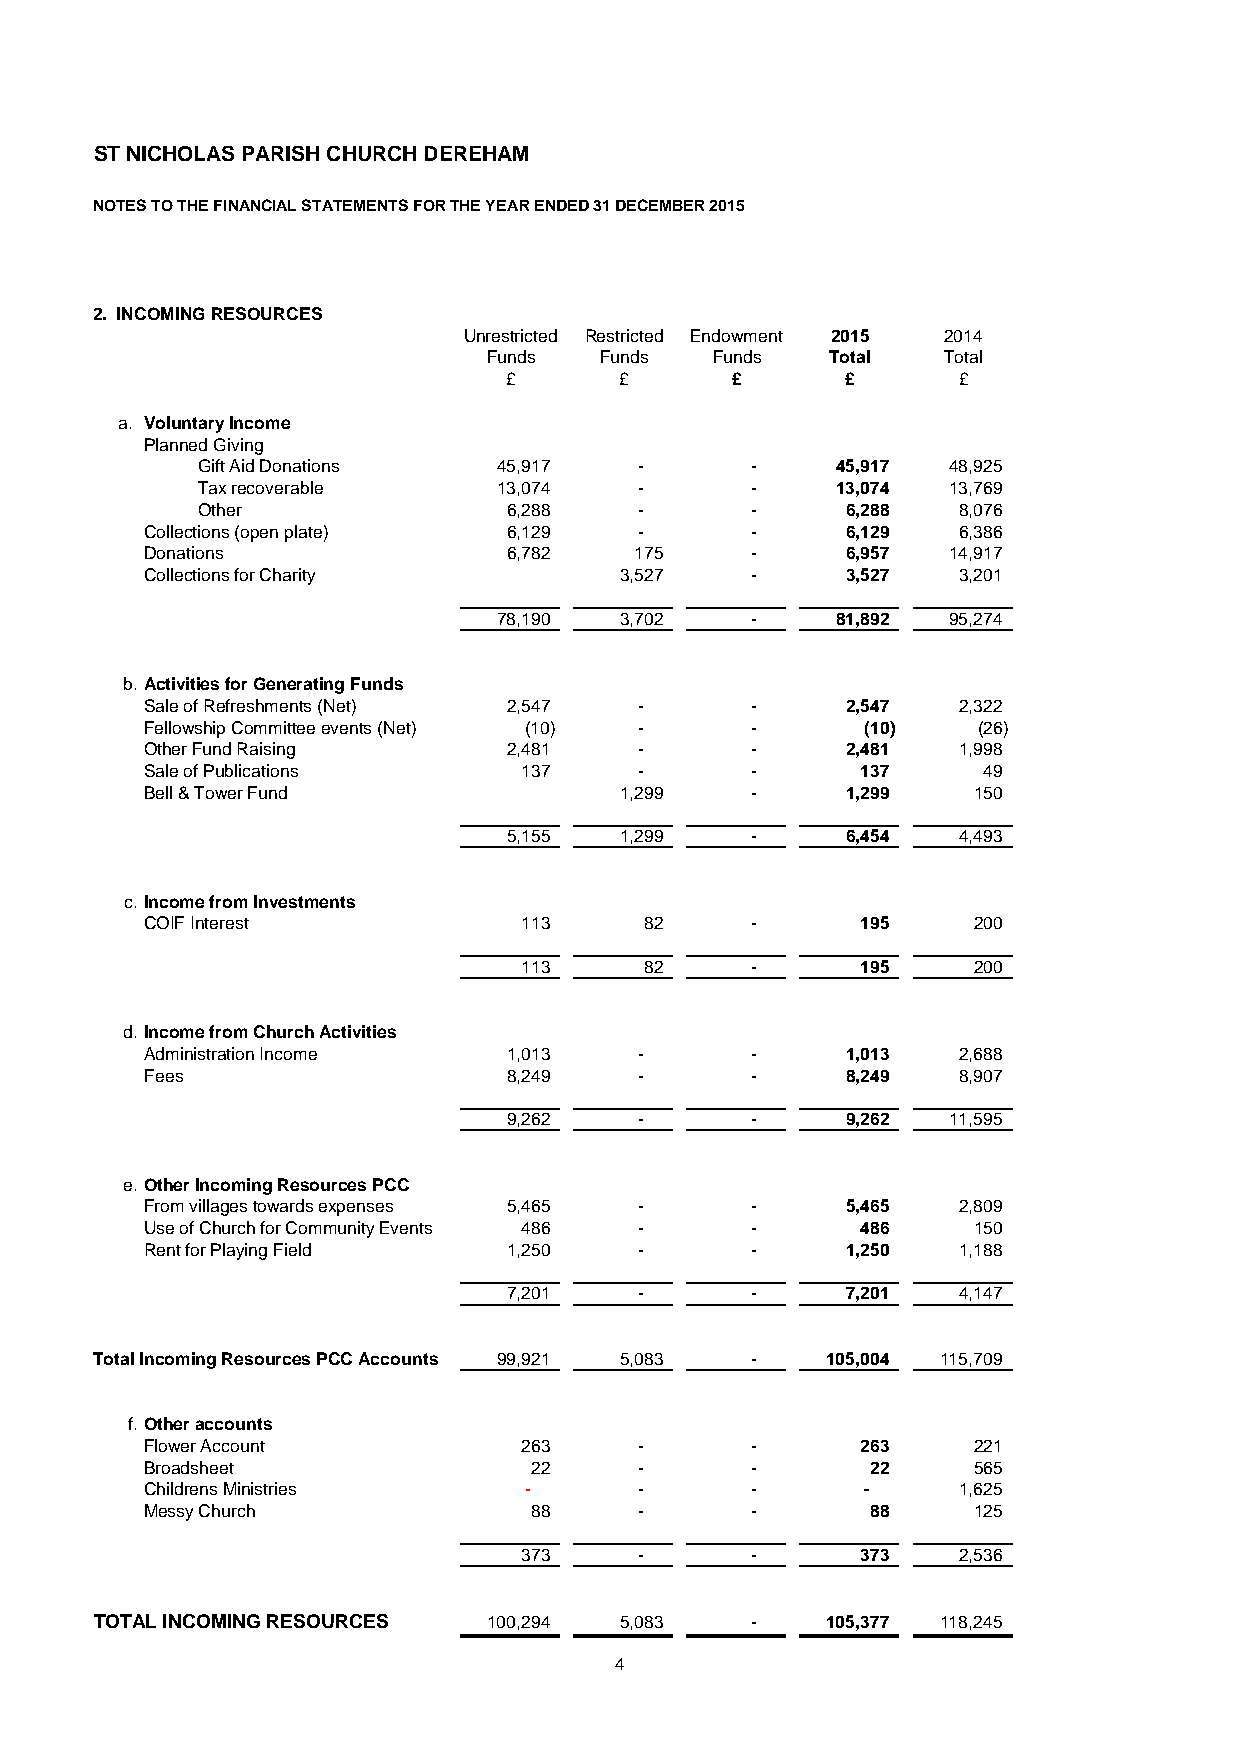
ST NICHOLAS PARISH CHURCH DEREHAM
 NOTES TO THE FINANCIAL STATEMENTS FOR THE YEAR ENDED 31 DECEMBER 2015
 2. INCOMING RESOURCES
 Unrestricted Restricted Endowment 2015 2014
 Funds   Funds  Funds   Total  Total
 £       £      £       £      £
 a. Voluntary Income
 Planned Giving
 Gift Aid Donations  45,917   -       -    45,917  48,925
 Tax recoverable     13,074   -       -    13,074  13,769
 Other                6,288   -       -     6,288  8,076
 Collections (open plate) 6,129  -       -     6,129  6,386
 Donations               6,782   175     -     6,957  14,917
 Collections for Charity        3,527    -     3,527  3,201
 78,190  3,702    -    81,892  95,274
 b. Activities for Generating Funds
 Sale of Refreshments (Net) 2,547 -      -     2,547  2,322
 Fellowship Committee events (Net) (10) - -     (10)    (26)
 Other Fund Raising      2,481   -       -     2,481  1,998
 Sale of Publications    137     -       -      137     4 9
 Bell & Tower Fund              1,299    -     1,299   150
 5,155  1,299    -     6,454  4,493
 c. Income from Investments
 COIF Interest           113      8 2    -      195    200
 113      8 2    -      195    200
 d. Income from Church Activities
 Administration Income   1,013   -       -     1,013  2,688
 Fees                    8,249   -       -     8,249  8,907
 9,262   -       -     9,262  11,595
 e. Other Incoming Resources PCC
 From villages towards expenses 5,465 -  -     5,465  2,809
 Use of Church for Community Events 486 - -     486    150
 Rent for Playing Field  1,250   -       -     1,250  1,188
 7,201   -       -     7,201  4,147
 Total Incoming Resources PCC Accounts 99,921 5,083 - 105,004 115,709
 f. Other accounts
 Flower Account          263     -       -      263    221
 Broadsheet               2 2    -       -       2 2   565
 Childrens Ministries     -      -       -      -     1,625
 Messy Church             8 8    -       -       8 8   125
 373     -       -      373   2,536
 TOTAL INCOMING RESOURCES  100,294  5,083    -    105,377 118,245
 4